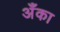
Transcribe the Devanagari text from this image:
अँका